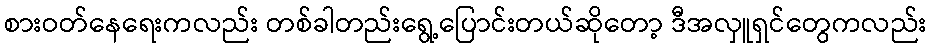
စားဝတ်နေရေးကလည်း တစ်ခါတည်းရွေ့ပြောင်းတယ်ဆိုတော့ ဒီအလှူရှင်တွေကလည်း